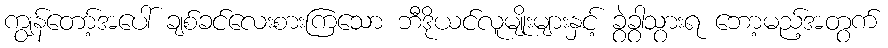
ကျွန်တော့်အပေါ် ချစ်ခင်လေးစားကြသော ဘီဒိုယင်လူမျိုးများနှင့် ခွဲခွာသွားရ ဘော့မည့်အတွက်